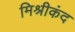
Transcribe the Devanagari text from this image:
मिश्रीकंद